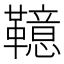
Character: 𩍖